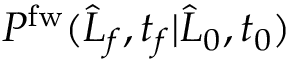
P ^ { \mathrm { f w } } ( \widehat { L } _ { f } , t _ { f } | \widehat { L } _ { 0 } , t _ { 0 } )